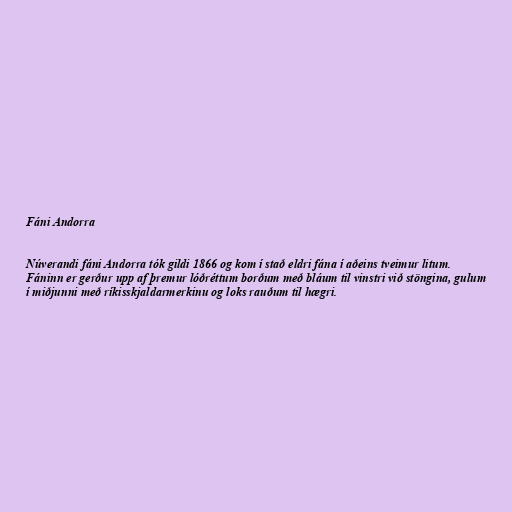
Fáni Andorra

Núverandi fáni Andorra tók gildi 1866 og kom í stað eldri fána í aðeins tveimur litum.
Fáninn er gerður upp af þremur lóðréttum borðum með bláum til vinstri við stöngina, gulum
í miðjunni með ríkisskjaldarmerkinu og loks rauðum til hægri.